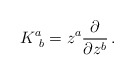
\begin{align*}K^a_{~b}=z^a{\partial\over\partial z^b}\, .\end{align*}